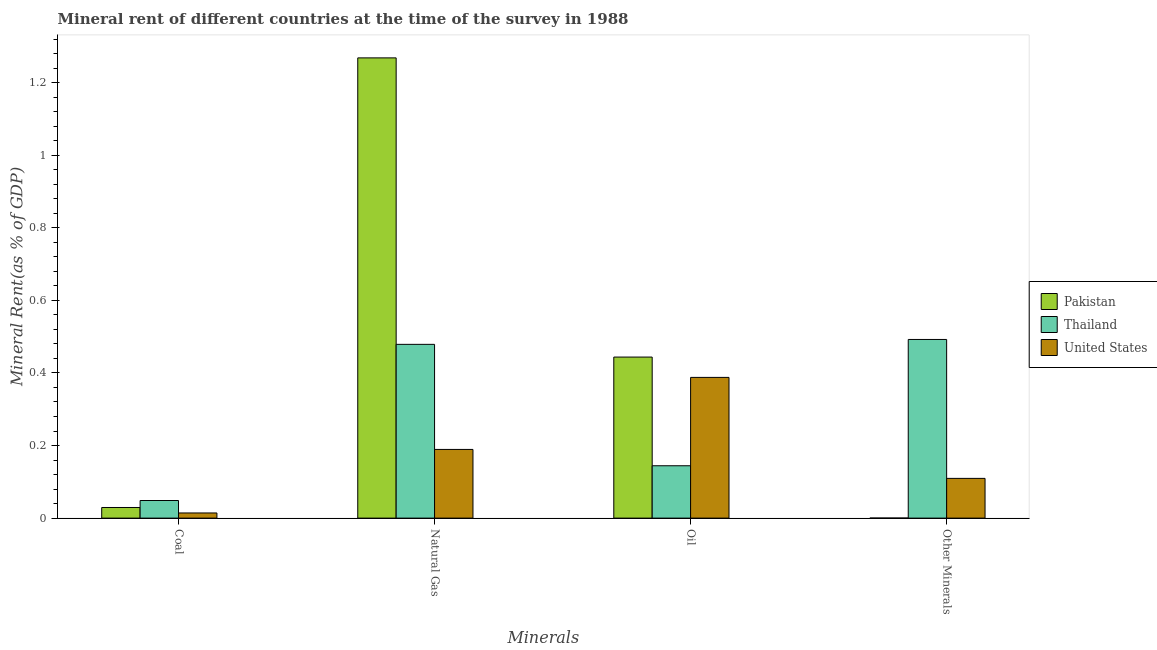
| Minerals | Pakistan | Thailand | United States |
 | --- | --- | --- | --- |
 | Coal | 0.0293 | 0.0485 | 0.0142 |
 | Natural Gas | 1.27 | 0.479 | 0.189 |
 | Oil | 0.444 | 0.144 | 0.388 |
 | Other Minerals | 0.000163 | 0.492 | 0.109 |